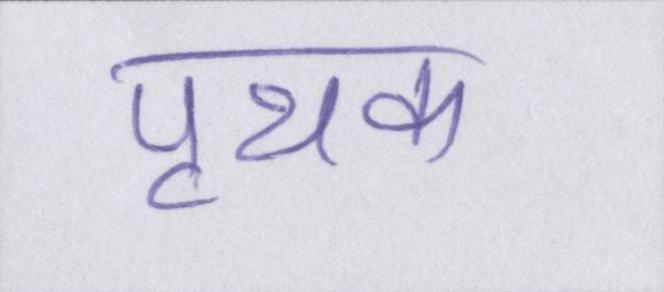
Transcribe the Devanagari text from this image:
पृथक